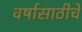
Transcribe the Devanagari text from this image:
वर्षासाठीचे